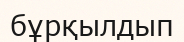
бұрқылдып